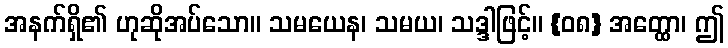
အနက်ရှိ၏ ဟုဆိုအပ်သော။ သမယေန၊ သမယ၊ သဒ္ဒါဖြင့်။ {၀၈} အတ္ထော၊ ဤ